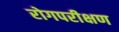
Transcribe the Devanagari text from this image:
रोगपरीक्षण